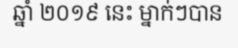
ឆ្នាំ ២០១៩ នេះ ម្នាក់ៗបាន